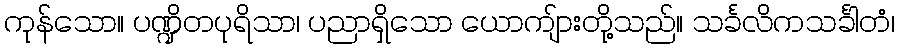
ကုန်သော။ ပဏ္ဍိတပုရိသာ၊ ပညာရှိသော ယောကျ်ားတို့သည်။ သင်္ခလိကသင်္ခါတံ၊